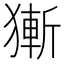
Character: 獑